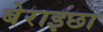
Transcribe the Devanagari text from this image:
बेराइछा